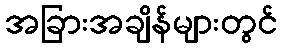
အခြားအချိန်များတွင်